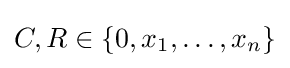
C,R\in \{0,x_{1},\dots ,x_{n}\}